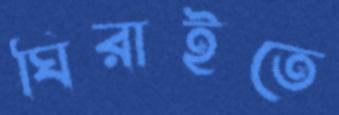
ঘিরাইতে